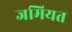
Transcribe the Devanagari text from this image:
जमियत